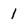
Character: 1